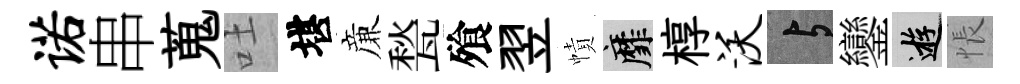
诺串蒐吐堪亷甃飱翌幘靡椁沃与鑾游悵